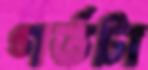
গর্তটা